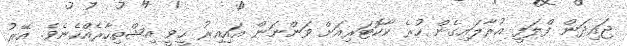
ޖައިދަން ފްލަފީ އުރާލައިގެން ހުރެ ކާކޮޓަރިއަށް ވަންނަން އައިއިރު ހީވީ އިޝްތިހާރެއްހެނެވެ. އޭރު